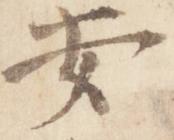
安